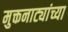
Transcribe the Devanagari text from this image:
मुक्तनाट्यांच्या